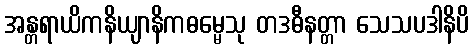
အန္တရာယိကနိယျာနိကဓမ္မေသု တဒဓီနတ္တာ သေသပဒါနိပိ